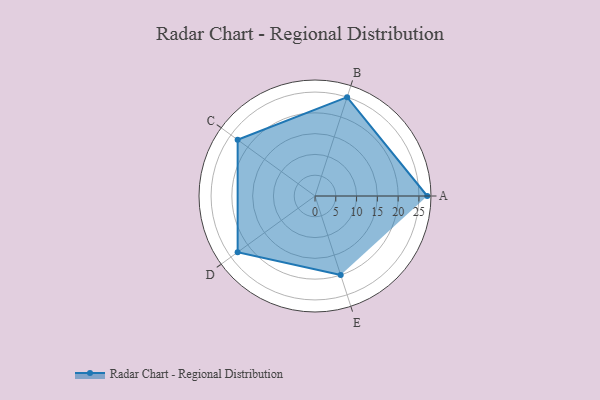
{"axis": {"x": "Skill", "y": "Score"}, "legend": ["Profile"], "data": [{"x": "A", "y": 27.0, "type": "Profile"}, {"x": "B", "y": 25.0, "type": "Profile"}, {"x": "C", "y": 23.0, "type": "Profile"}, {"x": "D", "y": 23.0, "type": "Profile"}, {"x": "E", "y": 20.0, "type": "Profile"}]}